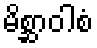
မိစ္ဆာဝါစံ